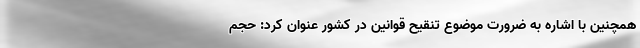
همچنین با اشاره به ضرورت موضوع تنقیح قوانین در کشور عنوان کرد: حجم